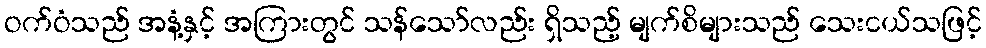
ဝက်ဝံသည် အနံ့နှင့် အကြားတွင် သန်သော်လည်း ရှိသည့် မျက်စိများသည် သေးငယ်သဖြင့်